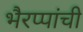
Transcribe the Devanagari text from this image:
भैरप्पांची